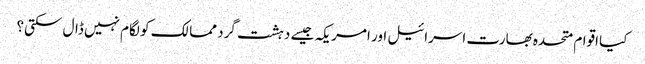
کیا اقوام متحدہ بھارت اسرائیل اور امریکہ جیسے دہشت گرد ممالک کو لگام نہیں ڈال سکتی؟